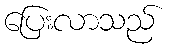
ပြေးလာသည်